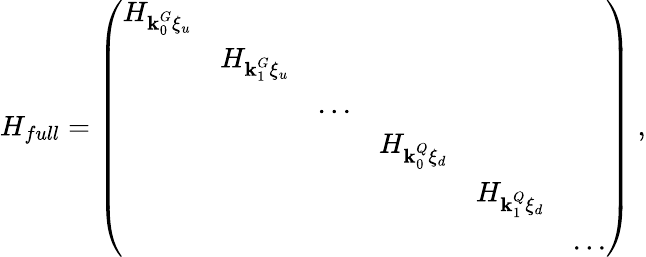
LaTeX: H_{full}=\left(\begin{array}{llllll}{H_{\textbf{k}_{0}^{G}\xi_{u}}}&&&&&\\ &{H_{\textbf{k}_{1}^{G}\xi_{u}}}&&&&\\ &&{...}&&&\\ &&&{H_{\textbf{k}_{0}^{Q}\xi_{d}}}&&\\ &&&&{H_{\textbf{k}_{1}^{Q}\xi_{d}}}&\\ &&&&&{...}\end{array}\right)~,